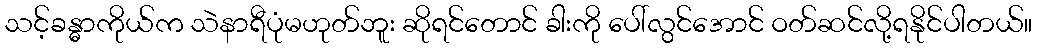
သင့်ခန္ဓာကိုယ်က သဲနာရီပုံမဟုတ်ဘူး ဆိုရင်တောင် ခါးကို ပေါ်လွင်အောင် ဝတ်ဆင်လို့ရနိုင်ပါတယ်။